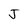
Character: J